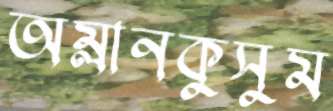
অম্লানকুসুম